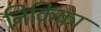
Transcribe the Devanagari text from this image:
निकिका